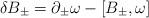
LaTeX: \begin{align*}\delta B_\pm=\partial_\pm\omega -[B_\pm, \omega]\end{align*}